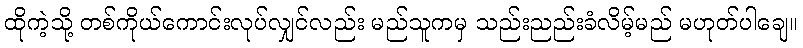
ထိုကဲ့သို့ တစ်ကိုယ်ကောင်းလုပ်လျှင်လည်း မည်သူကမှ သည်းညည်းခံလိမ့်မည် မဟုတ်ပါချေ။